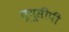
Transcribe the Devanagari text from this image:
यूयूसीपी